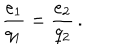
\frac { e _ { 1 } } { q _ { 1 } } = \frac { e _ { 2 } } { q _ { 2 } } \, .